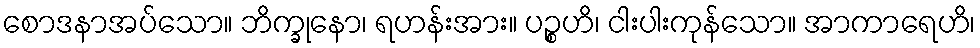
စောဒနာအပ်သော။ ဘိက္ခုနော၊ ရဟန်းအား။ ပဉ္စဟိ၊ ငါးပါးကုန်သော။ အာကာရေဟိ၊